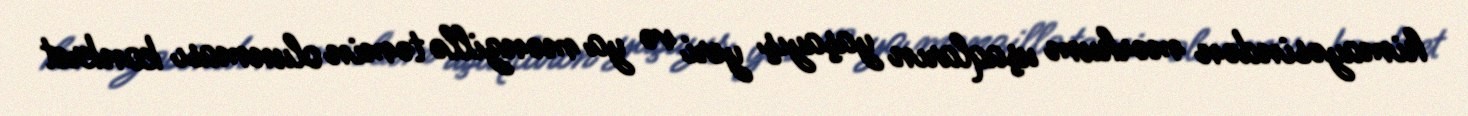
himayəsindən mərhum uşaqların yaşayış yeri və ya mənzillə təmin olunması konkret